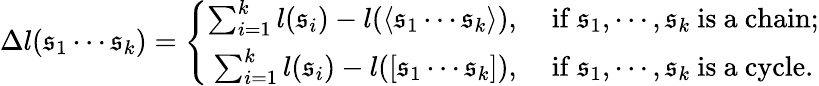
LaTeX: \Delta l(\mathfrak{s}_{1}\cdots\mathfrak{s}_{k})=\left\{ \begin{array}{rl}{\sum_{i=1}^{k}l(\mathfrak{s}_{i})-l(\langle\mathfrak{s}_{1}\cdots\mathfrak{s}_{k}\rangle),}&{\ \mathrm{if}\ \mathfrak{s}_{1},\cdots,\mathfrak{s}_{k}\ \mathrm{is\ a\ chain;}}\\ {\sum_{i=1}^{k}l(\mathfrak{s}_{i})-l([\mathfrak{s}_{1}\cdots\mathfrak{s}_{k}]),}&{\ \mathrm{if}\ \mathfrak{s}_{1},\cdots,\mathfrak{s}_{k}\ \mathrm{is\ a\ cycle.}}\end{array}\right.